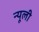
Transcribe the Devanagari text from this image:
न्यूली